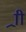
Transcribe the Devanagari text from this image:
र्‍ाी